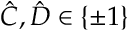
\hat { C } , \hat { D } \in \{ \pm 1 \}